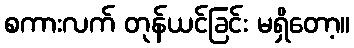
စကားလက် တုန်ယင်ခြင်း မရှိတော့။